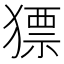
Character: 𤡑